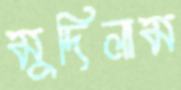
মুদিলাম